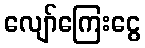
လျော်ကြေးငွေ